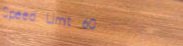
Speed Limit 60